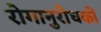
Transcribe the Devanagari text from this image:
रोगानुरोधकों